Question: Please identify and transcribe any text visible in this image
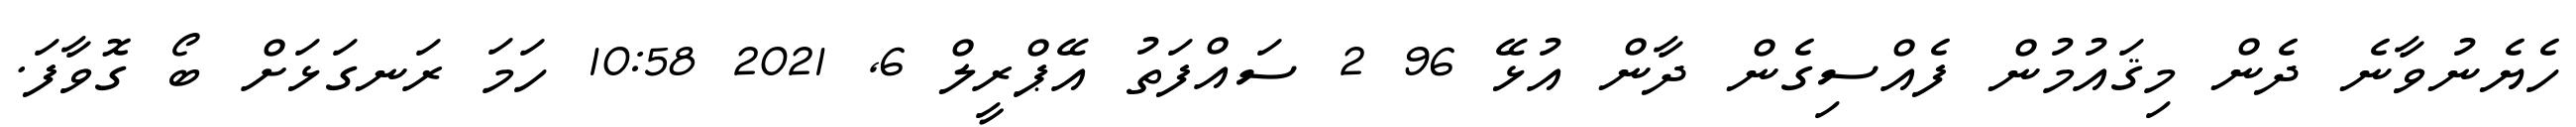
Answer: ހެޔެނުވާނެ ދެން މިޤައުމުން ފެއްސިގެން ދާން އުޅޭ 96 2 ސައްފަތު އޭޕްރީލް 6, 2021 10:58 ހަމަ ރަނގަޅަށް ބޯ ގޮވާފަ.